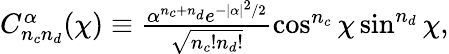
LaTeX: \begin{array}{r}{C_{n_{c}n_{d}}^{\alpha}(\chi)\equiv\frac{\alpha^{n_{c}+n_{d}}e^{-|\alpha|^{2}/2}}{\sqrt{n_{c}!n_{d}!}}\cos^{n_{c}}\chi\sin^{n_{d}}\chi,}\end{array}